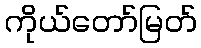
ကိုယ်တော်မြတ်